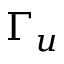
\Gamma _ { u }